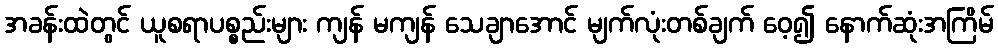
အခန်းထဲတွင် ယူစရာပစ္စည်းများ ကျန် မကျန် သေချာအောင် မျက်လုံးတစ်ချက် ဝေ့၍ နောက်ဆုံးအကြိမ်